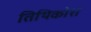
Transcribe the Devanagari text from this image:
तिथिकोश